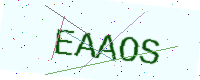
Text: EAAOS